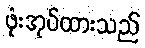
ဖုံးအုပ်ထားသည်